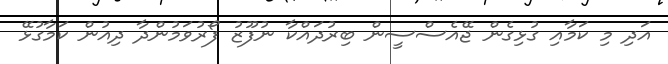
އަދި މި ކަމާއި ގުޅިގެން ޖޭއެސްސީން ބިރުދައްކާ ނުފޫޒު ފޯރުވަމުންދާ ދިއުން ކަމާގުޅޭ